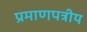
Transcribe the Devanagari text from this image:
प्रमाणपत्रीय